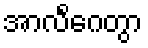
အာလိင်္ဂေတွာ